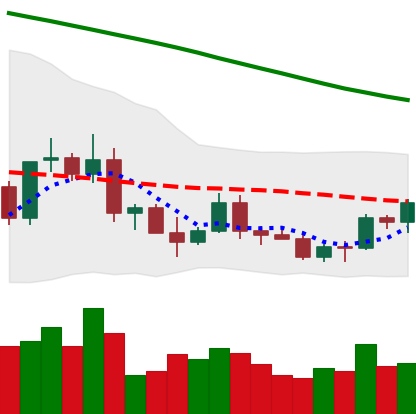
Ticker: ETC-USD
Chart end date: 2022-03-18
Forward return: 61.224%
Label: up_7plus